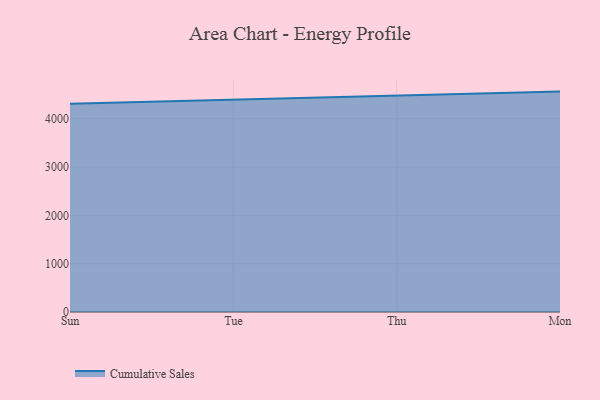
{"axis": {"x": "Day", "y": "Budget (USD K)"}, "legend": ["Cumulative Sales"], "data": [{"x": "Sun", "y": 4308.0, "type": "Cumulative Sales"}, {"x": "Tue", "y": 4391.2, "type": "Cumulative Sales"}, {"x": "Thu", "y": 4480.6, "type": "Cumulative Sales"}, {"x": "Mon", "y": 4562.0, "type": "Cumulative Sales"}]}